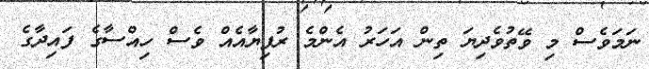
ނަމަވެސް މި ވޭތުވެދިޔަ ތިން އަހަރު އެންމެ ރުފިޔާއެއް ވެސް ހިއްސާގެ ފައިދާގެ